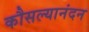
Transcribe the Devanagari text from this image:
कौसल्यानंदन